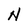
Character: N